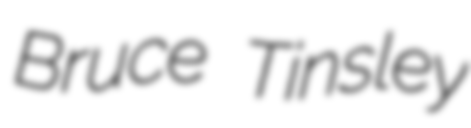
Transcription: Bruce Tinsley